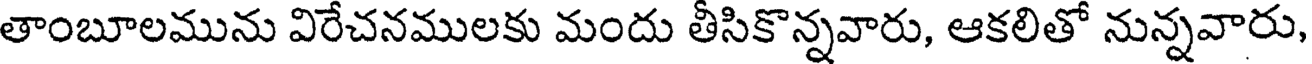
తాంబూలమును విరేచనములకు మందు తీసికొన్నవారు, ఆకలితో నున్నవారు